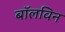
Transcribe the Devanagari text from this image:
बॉलविन